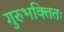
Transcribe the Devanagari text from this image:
गुरुभक्तितः